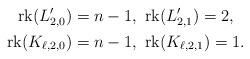
LaTeX: \begin{align*}\mathrm{rk}(L'_{2,0})&=n-1,\ \mathrm{rk}(L'_{2,1})=2,\\\mathrm{rk}(K_{\ell,2,0})&=n-1,\ \mathrm{rk}(K_{\ell,2,1})=1.\end{align*}